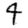
Digit: 4